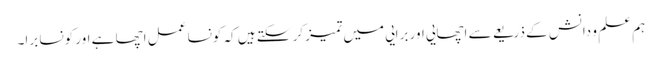
ہم علم و دانش کے ذریعے سے اچھایی اور برایی میں تمیز کر سکتے ہیں کہ کونسا عمل اچھا ہے اور کونسا برا۔